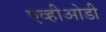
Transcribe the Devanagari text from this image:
एव्हीओडी